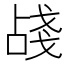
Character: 𢧗